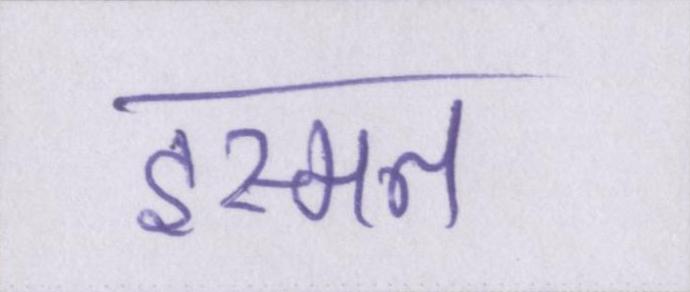
इस्मत